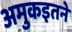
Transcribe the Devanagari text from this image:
अमुकइतने